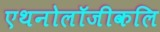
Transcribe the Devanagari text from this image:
एथनोलॉजीकलि